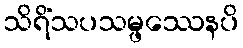
သိရိံသပသမ္ဖဿေနပိ